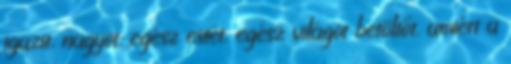
igazit, nagyot, egész estét, egész világot betöltőt, amiért a